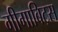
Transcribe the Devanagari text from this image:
गीगाबिट्स